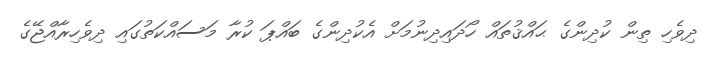
ދިވެހި ތިން ކުދިންގެ ޙައްޤުތައް ހޯދައިދިނުމަށް އެކުދިންގެ ބައްޕަ ކުރާ މަސައްކަތުގައި ދިވެހިރާއްޖޭގެ